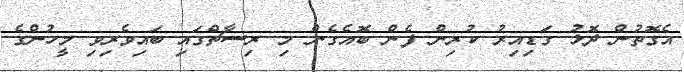
އެގޮތުން ދޮޅު ގަޑިއިރު ކުރިން ފެން ބޮއެގެން މި ރިސާޗްގައި ބައިވެރިވި މީހުންގެ